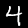
Label: 4